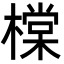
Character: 橖